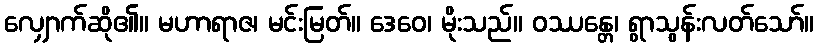
လျှောက်ဆို၏။ မဟာရာဇ၊ မင်းမြတ်။ ဒေဝေ၊ မိုးသည်။ ဝဿန္တေ၊ ရွာသွန်းလတ်သော်။